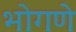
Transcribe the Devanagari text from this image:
भोगणे